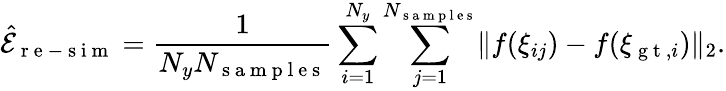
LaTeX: \hat{\mathcal{E}}_{\mathrm{~r~e~-~s~i~m~}}=\frac{1}{N_{y}N_{\mathrm{~s~a~m~p~l~e~s~}}}\sum_{i=1}^{N_{y}}\sum_{j=1}^{N_{\mathrm{~s~a~m~p~l~e~s~}}}\lVert f(\xi_{ij})-f(\xi_{\mathrm{~g~t~},i})\rVert_{2}.